Bréfritari: Helgi Helgason
Viðtakandi: Halldór Jónsson
Dagsetning: A-1863-03-08
Skrifað á: Skoruvík, Langanesi  N-Þing.
Óvíst

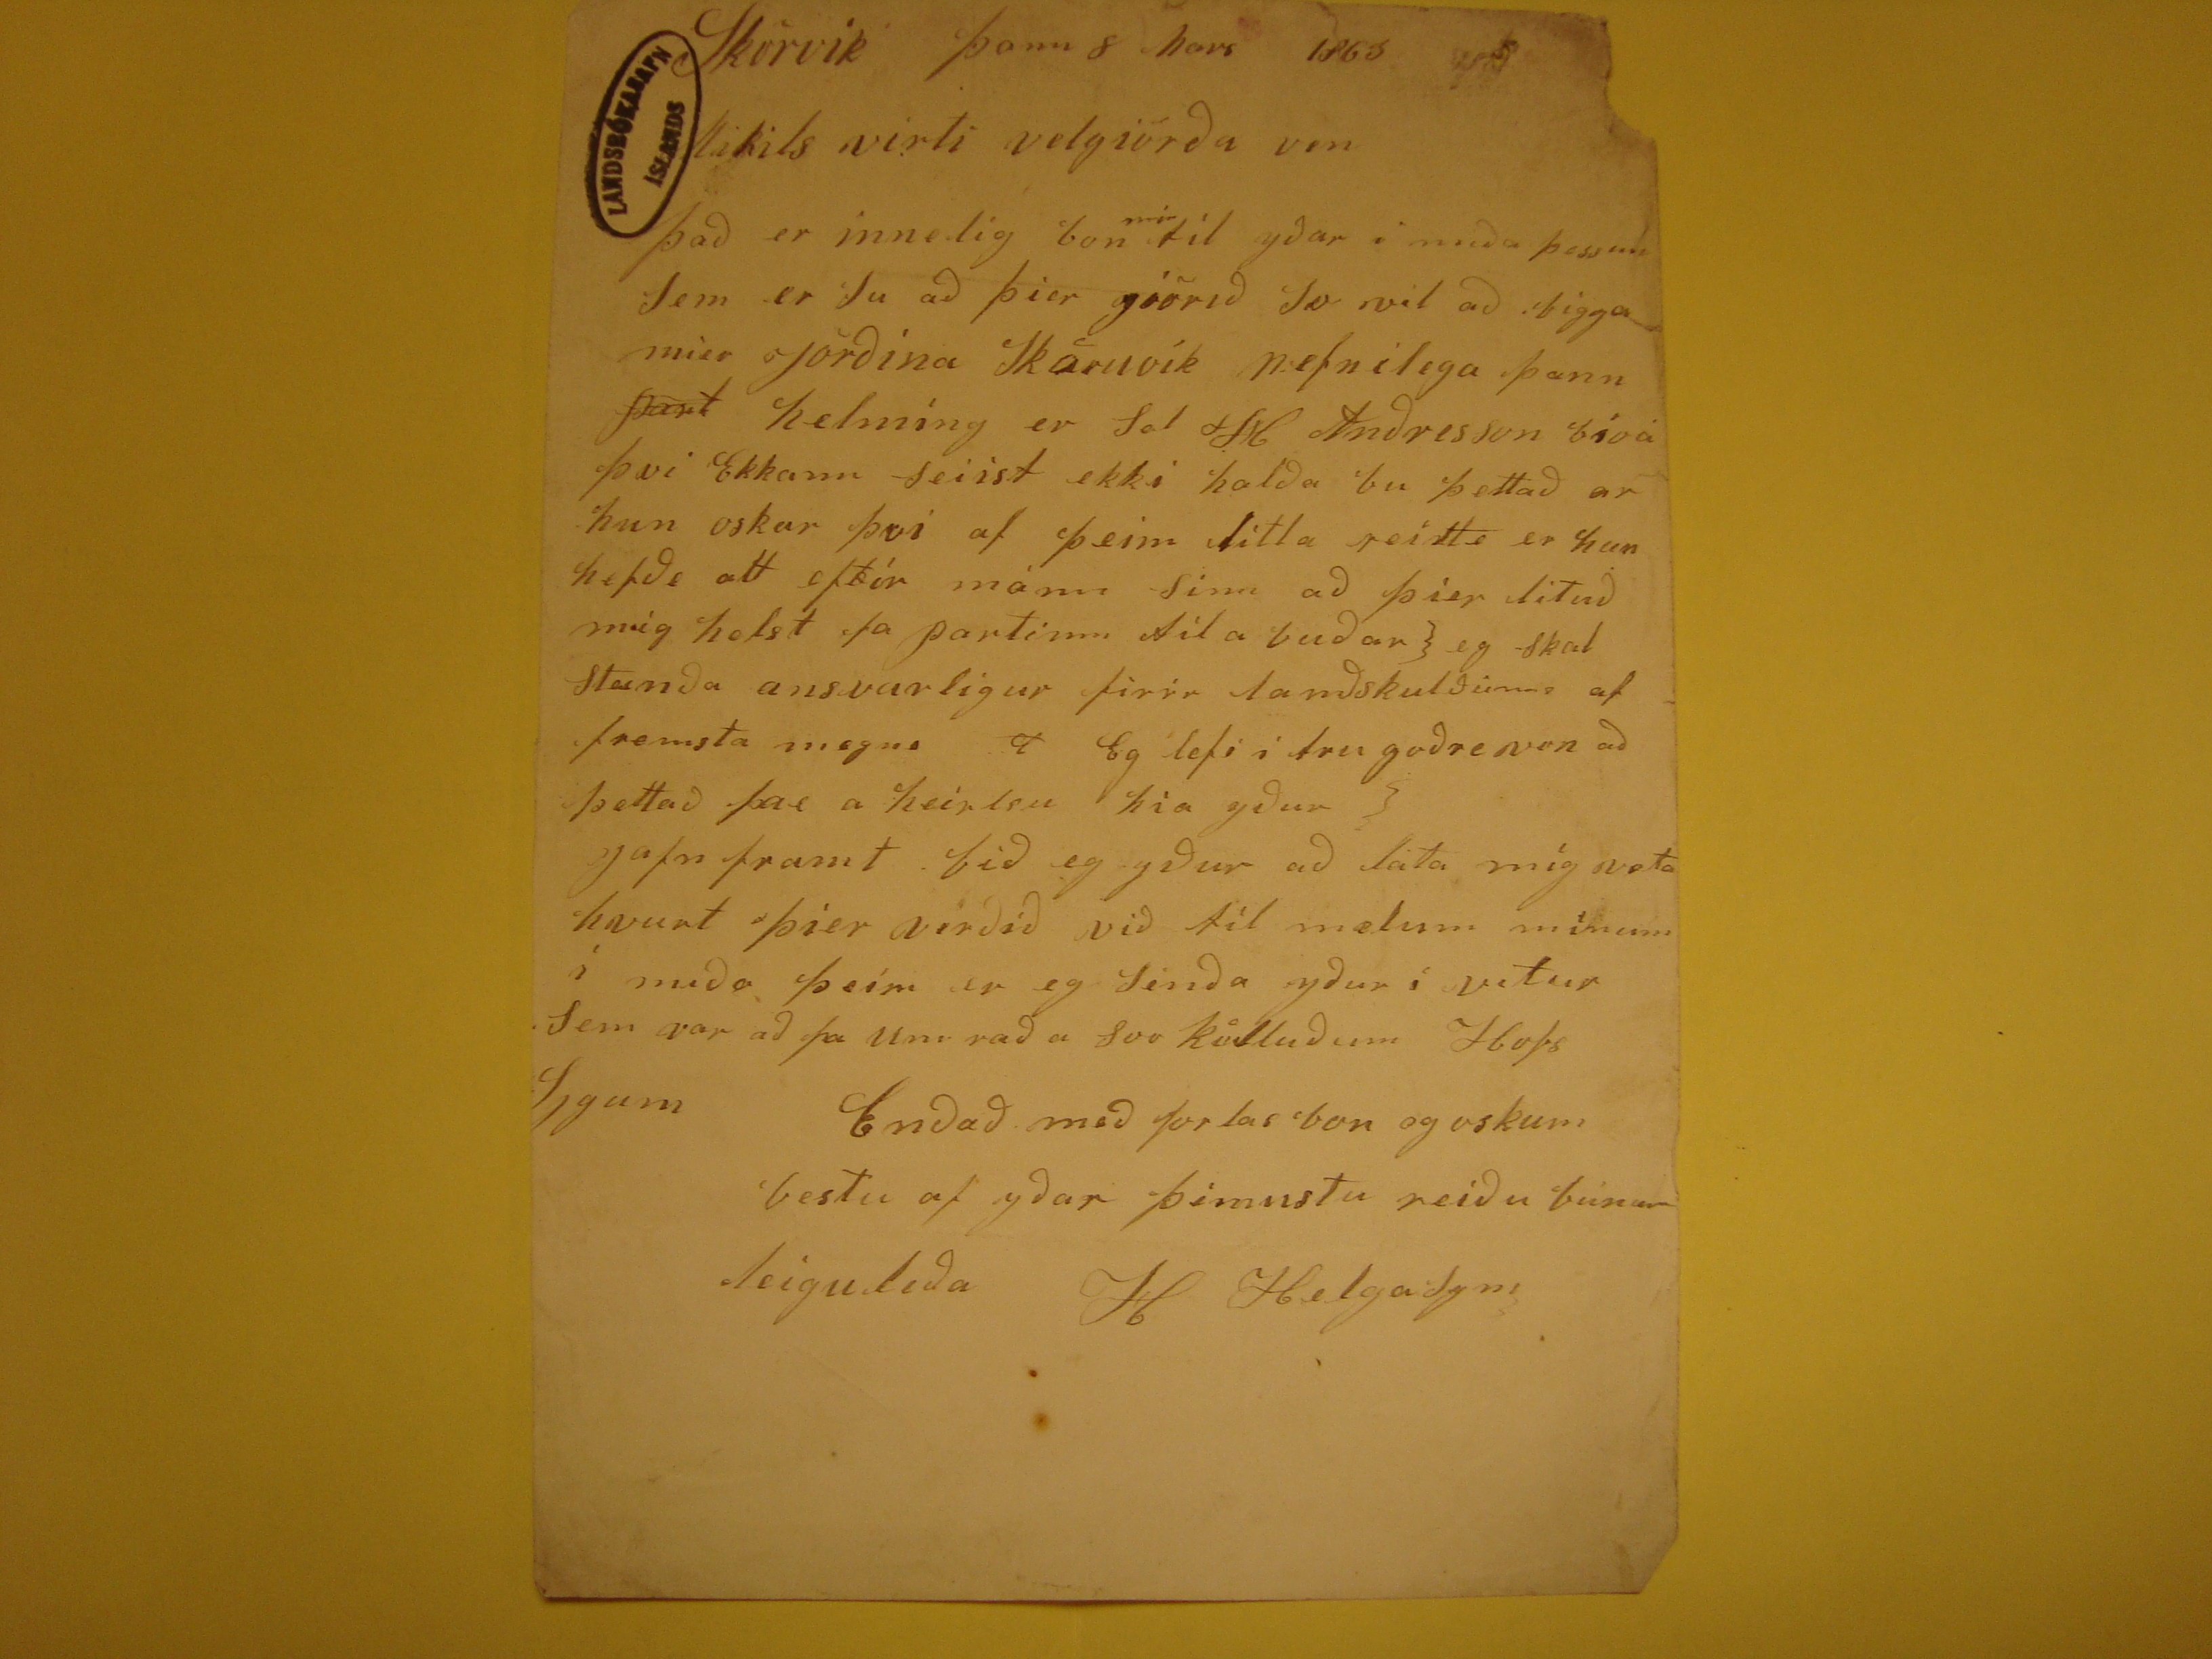

Skorvík þann 8 Mars 1863
Mikils virti velgiörða ven
Það er innelig bon
mér
til yðar i miða þessum sem er su að þier giörið so vil að bigga mier jörðina Skoruvík
nefnilega þann
part
helmíng er sal H Andresson bioá þvi Ekkann seiist ekki halda bu þettað ar hun oskar þvi af þeim
litla reitte er hun hafðe att eftir mánn sinn að þier lituð mig helst fa partinn til a buðar } eg skal standa ansvarligur firir landskuldinne af fremsta megne
? Eg lefi i tru goðre von að þettað þar a heirleu hia yður { Jafn framt bið eg yður að láta míg veta hvurt þier verðið við til melum mínum í meða þeim er
eg senda yður í vetur sem var að fa Um rað a svo kölluðum Hofs
Sigum
Endað með for las bon og oskum bestu af yðar þimustu reiðu búner
leiguleða H Helgasyni